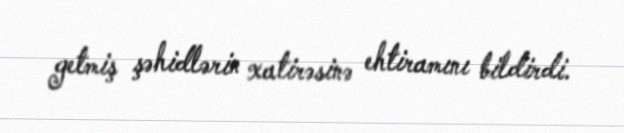
getmiş şəhidlərin xatirəsinə ehtiramını bildirdi.